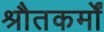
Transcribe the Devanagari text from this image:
श्रौतकर्मों